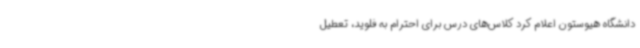
دانشگاه هیوستون اعلام کرد کلاس‌های درس برای احترام به فلوید، تعطیل